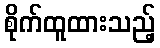
စိုက်ထူထားသည့်